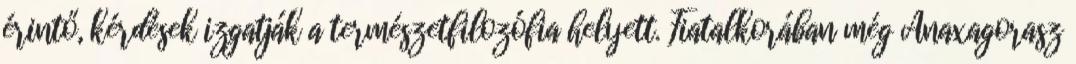
érintő, kérdések izgatják a természetfilozófia helyett. Fiatalkorában még Anaxagorasz